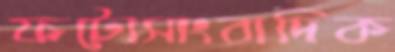
ফটোসাংবাদিক